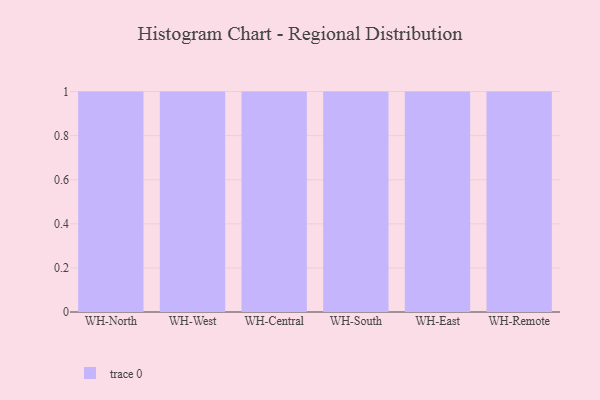
{"axis": {"x": "Warehouse", "y": "Tickets Resolved"}, "legend": [""], "data": [{"x": "WH-North", "y": 76, "type": ""}, {"x": "WH-West", "y": 40, "type": ""}, {"x": "WH-Central", "y": 49, "type": ""}, {"x": "WH-South", "y": 6, "type": ""}, {"x": "WH-East", "y": 63, "type": ""}, {"x": "WH-Remote", "y": 22, "type": ""}]}